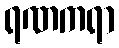
ရဏကရာ